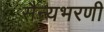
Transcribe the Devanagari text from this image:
सैन्यभरणी